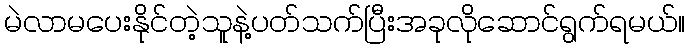
မဲလာမပေးနိုင်တဲ့သူနဲ့ပတ်သက်ပြီးအခုလိုဆောင်ရွက်ရမယ်။